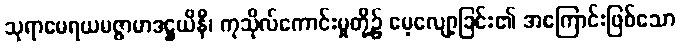
သုရာမေရယမဇ္ဇာမာဒဋ္ဌယိနီ၊ ကုသိုလ်ကောင်းမှုတို့၌ မေ့လျော့ခြင်း၏ အကြောင်းဖြစ်သော